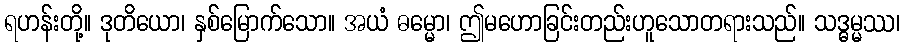
ရဟန်းတို့။ ဒုတိယော၊ နှစ်မြောက်သော။ အယံ ဓမ္မော၊ ဤမဟောခြင်းတည်းဟူသောတရားသည်။ သဒ္ဓမ္မဿ၊